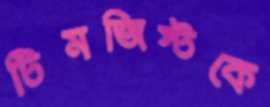
টিমজিস্টকে